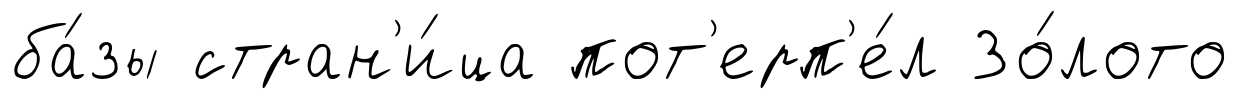
ба́зы стран'и́ца пот'ерп'е́л Зо́лото